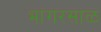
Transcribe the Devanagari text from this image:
भांगरसाळ